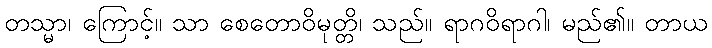
တသ္မာ၊ ကြောင့်။ သာ စေတောဝိမုတ္တိ၊ သည်။ ရာဂဝိရာဂါ၊ မည်၏။ တာယ